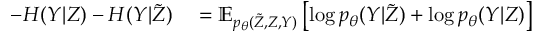
\begin{array} { r l } { - H ( Y | Z ) - H ( Y | \tilde { Z } ) } & { { } = \mathbb { E } _ { p _ { \theta } ( \tilde { Z } , Z , Y ) } \left[ \log p _ { \theta } ( Y | \tilde { Z } ) + \log p _ { \theta } ( Y | Z ) \right] } \end{array}